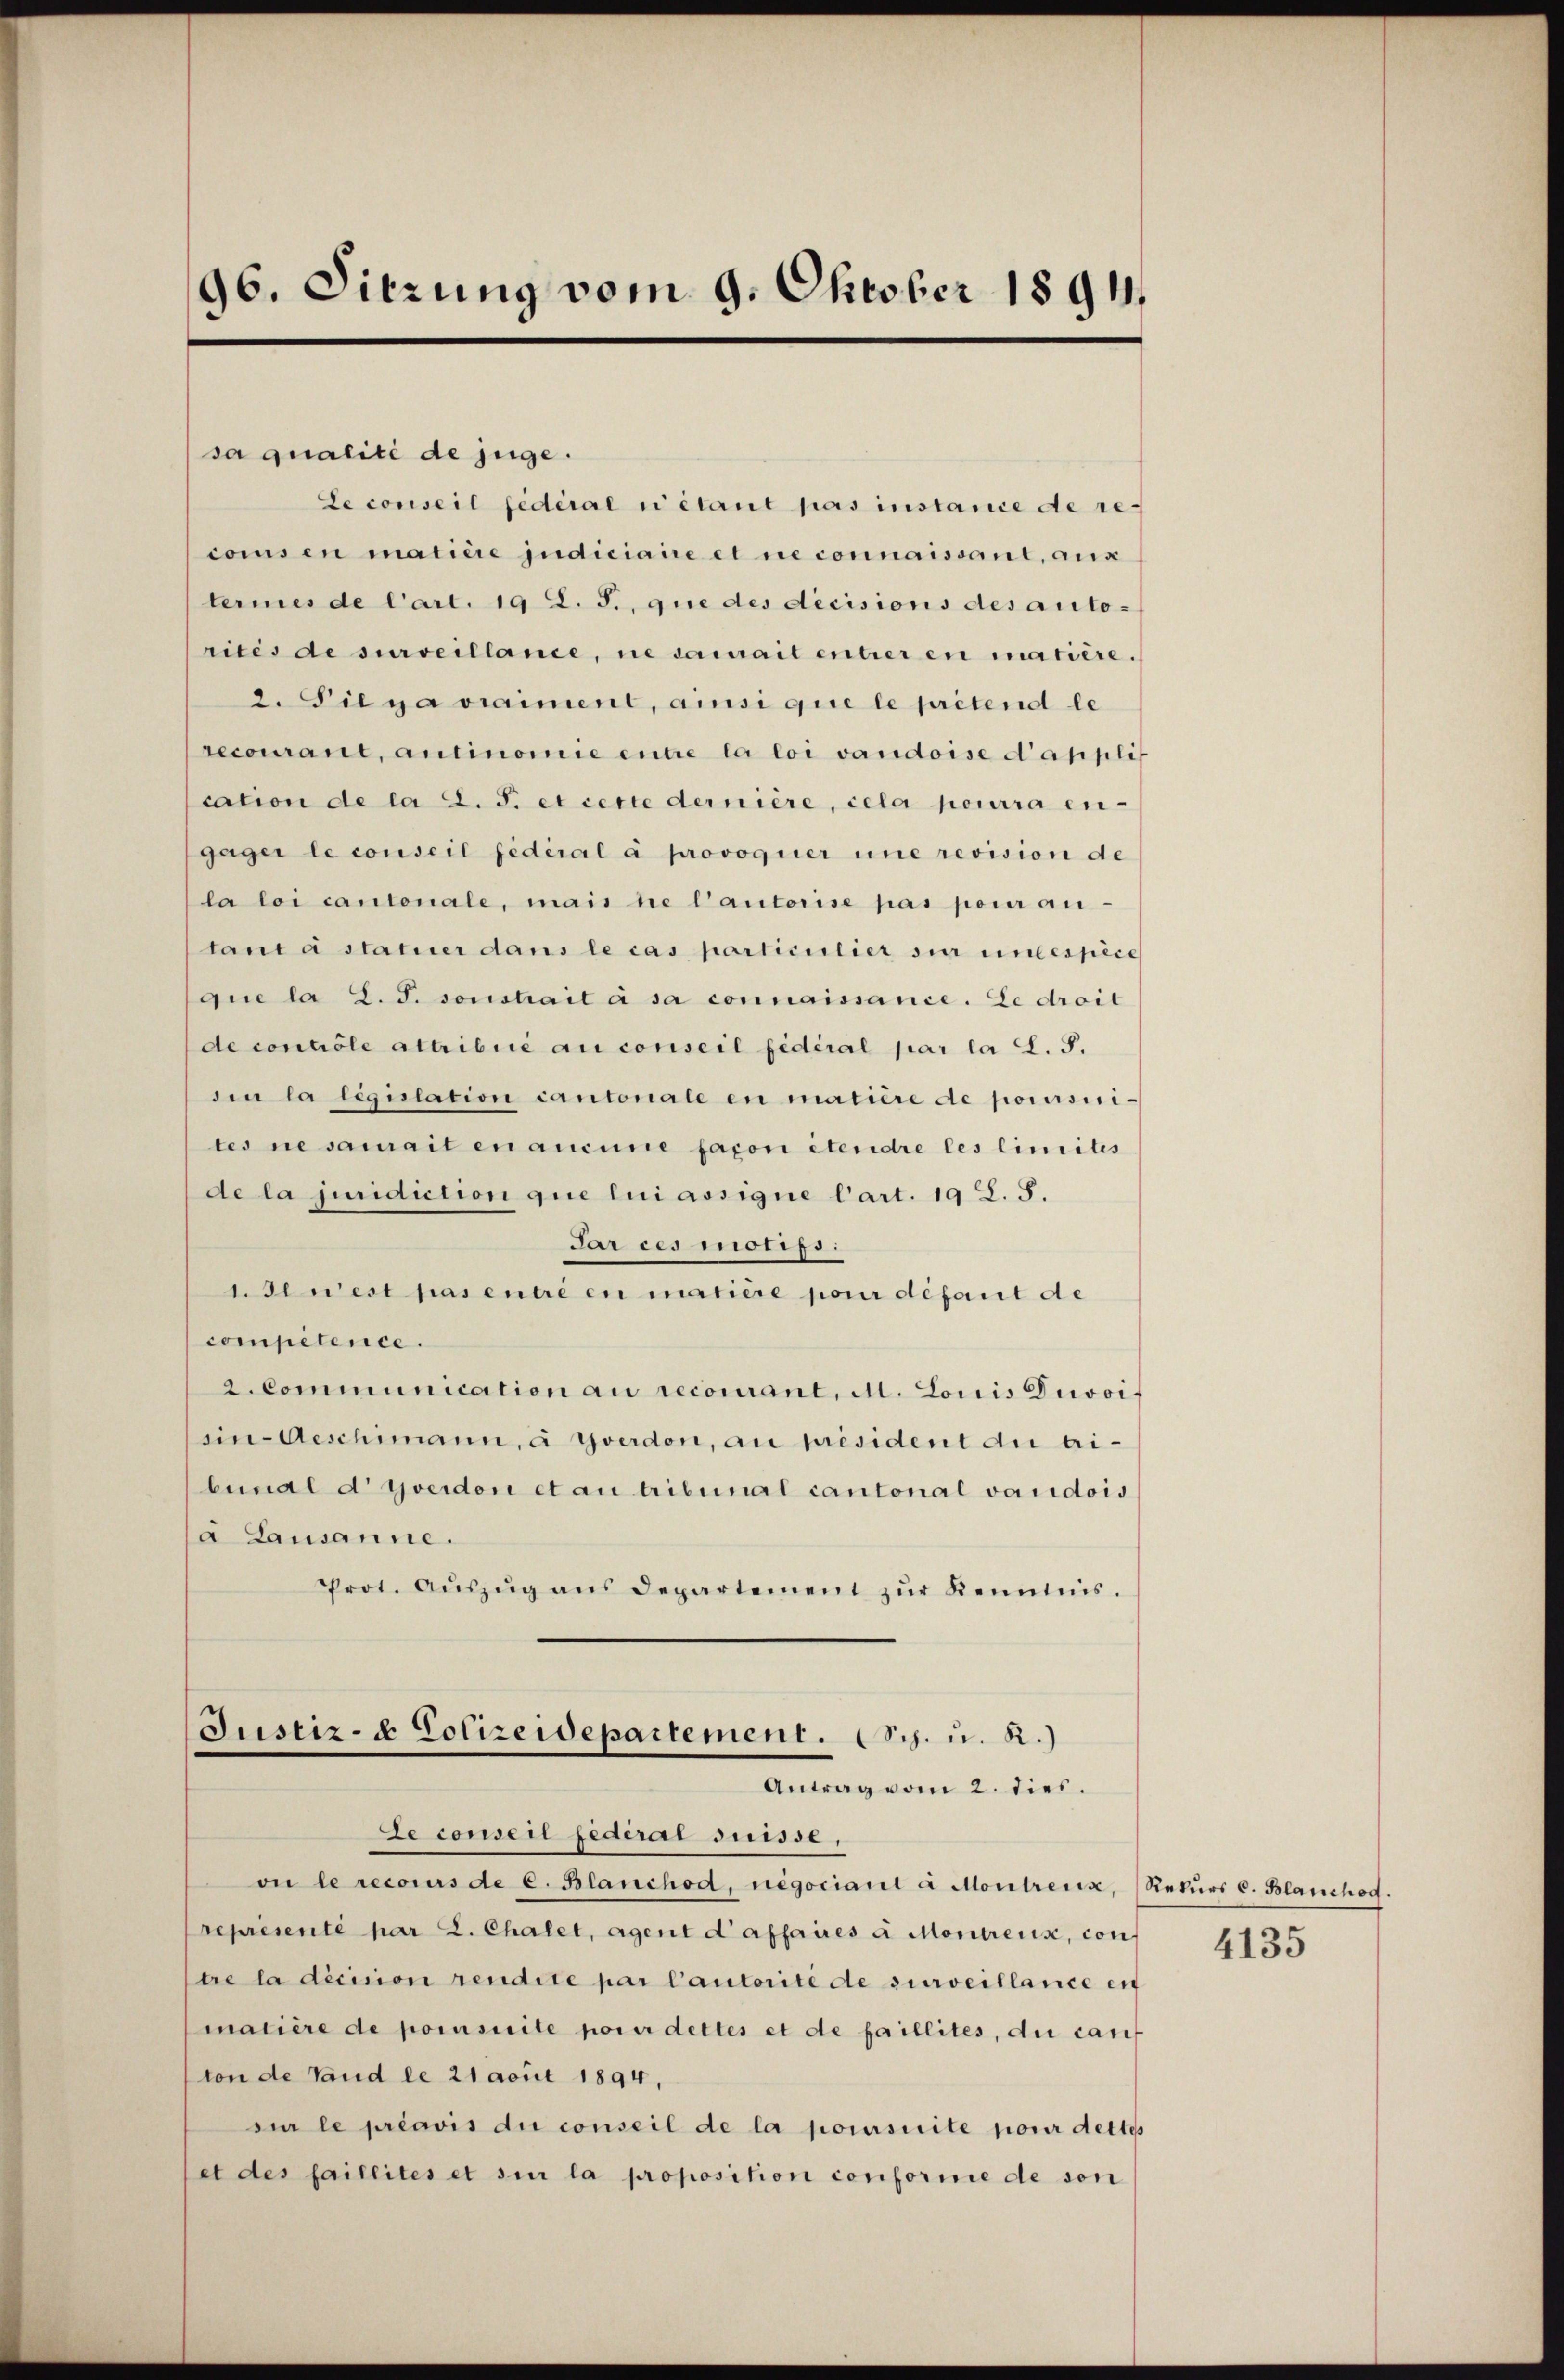
96. Sitzung vom 9. Oktober 1891.

sa qualité de juge.
Le conseil fédéral ni étant pas instance de recomsen maticie judiciaire et ne connaissant, aux
termes de l’art. 19 L. S., que des decisions des auto-
rites de surveillance, ne serait entrer en matière.
2. Sie ja vraiment, ansi que le prétend le
recourant, antinomie entre la loi vaudoise d’appli
cation de la d. d. et cette dernière, cela pourra engager le conseil fédéral à provoquer une revision de
la loi cantonale, man ne l’autorise pas pour an-
taura statuer dans le cas particulier sur ungespice
que la L. S. sonstrait à sa connaissance. Le droit
de controle attribué au conseil fédéral par la d. S.
din la législation cantonale en matière de poursiri-
tes ne samait en aucune façon étendre les limites
de la juridiction que lui assigne Cart. 19 S. S.
Par ces motifs.
1. Jenest pas entré en matière pour défaut de
competence.
2. Communication au recomant, d. Louis Divoif
sin-Aeschimann, à Yverdon, au président an eibunal d Yverdon et au tribunal cantonal vaudois
à Lausanne.
Prot. Aŭszŭg ans Departement zŭr Kenntnis.
Justiz- & Polizeidepartement. (Sch. u. R.)
Antrag vom 2. dies.
de conser federal Suisse,
on le recours de c. Blanchod, negociani à Montreux, (Rekŭrs C. Blanchog.
representé par L. Chalet, Agent d’affaires à Montreux, con
tre la décision rendite par Cautorité de surveillance en
matière de pomsuite porir dettes et de faillites, die canf
ton de Land le 21 acuit 1894,
sur le préavis du conseil de la poursuite pour dettes
et des faillites et sie la proposition conforme de son

4135